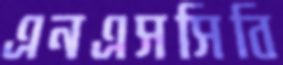
এনএসসিবি